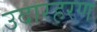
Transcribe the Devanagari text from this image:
उदारहरण